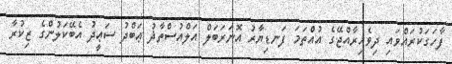
ފާހަގަކުރައްވައި ދިވެހިރާއްޖޭގެ އުއްތަމަ ފަނޑިޔާރު އޮނަރަބަލް އަލްއުސްތާޛު ޢަބްދު ސަޢީދު އެބޭކަލުންގެ ޒިކުރާ